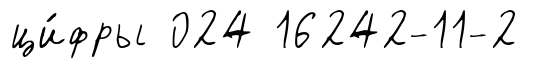
ци́фры 024 16242-11-2